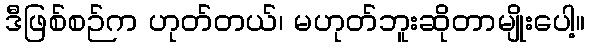
ဒီဖြစ်စဉ်က ဟုတ်တယ်၊ မဟုတ်ဘူးဆိုတာမျိုးပေါ့။